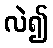
လဲ၍